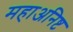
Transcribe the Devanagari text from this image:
महाअनिष्ट